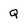
Character: Q